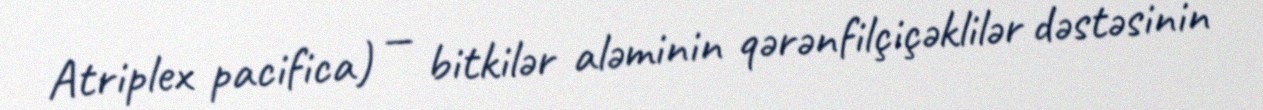
Atriplex pacifica) — bitkilər aləminin qərənfilçiçəklilər dəstəsinin